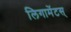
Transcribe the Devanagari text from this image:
लिगामेंटस्